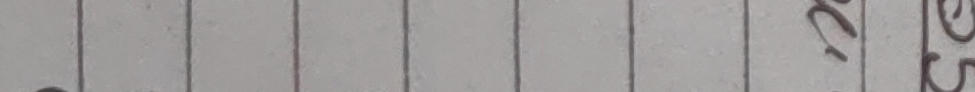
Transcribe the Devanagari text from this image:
१२
८
५